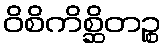
ဝိစိကိစ္ဆိတဉ္စ